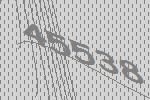
45538